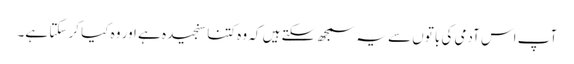
آپ اس آدمی کی باتوں سے یہ سمجھ سکتے ہیں کہ وہ کتنا سنجیدہ ہے اور وہ کیا کر سکتا ہے۔